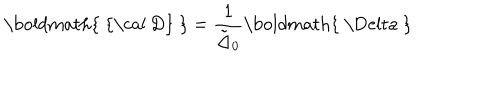
LaTeX: \mathrm { \boldmath { ~ { \cal ~ D } ~ } } = { \frac { 1 } { \tilde { \Delta } _ { 0 } } } \mathrm { \boldmath { ~ \Delta ~ } }